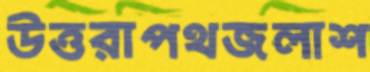
উত্তরাপথজলাশ